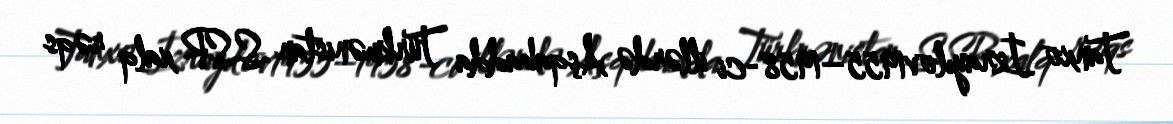
Tanxo İzrayılov1955–1958-ci illərdə Aşqabadda Türkmənistan SSR xalq rəqs